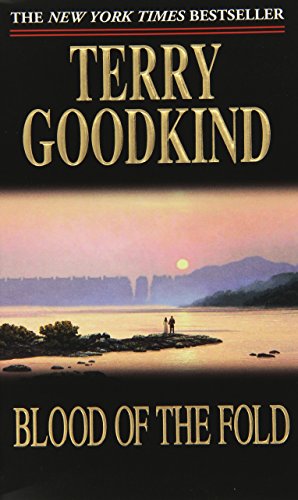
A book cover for Blood of the Fold (Sword of Truth, Book 3); Terry Goodkind; Science Fiction & Fantasy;